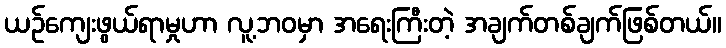
ယဉ်ကျေးဖွယ်ရာမှုဟာ လူ့ဘဝမှာ အရေးကြီးတဲ့ အချက်တစ်ချက်ဖြစ်တယ်။